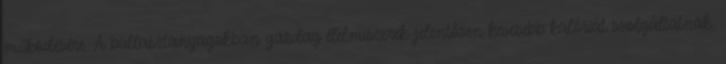
működésére. A ballasztanyagokban gazdag élelmiszerek jelentősen kevesebb kalóriát szolgáltatnak,